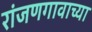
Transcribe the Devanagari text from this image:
रांजणगावाच्या